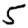
Digit: 5